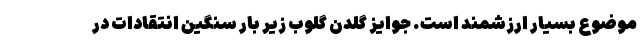
موضوع بسیار ارزشمند است. جوایز گلدن گلوب زیر بار سنگین انتقادات در